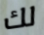
لك